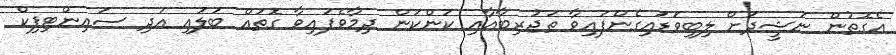
އެގޮތުން ނަޝީދަށް ލިބިވަަޑައިގެންފައިވާ ތަޖުރިބާއާއި ކަންކަން ދިމާވެފައިވާ ގޮތައް ބަލައި އަދި ސައިންޓިފިކް